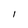
Character: I